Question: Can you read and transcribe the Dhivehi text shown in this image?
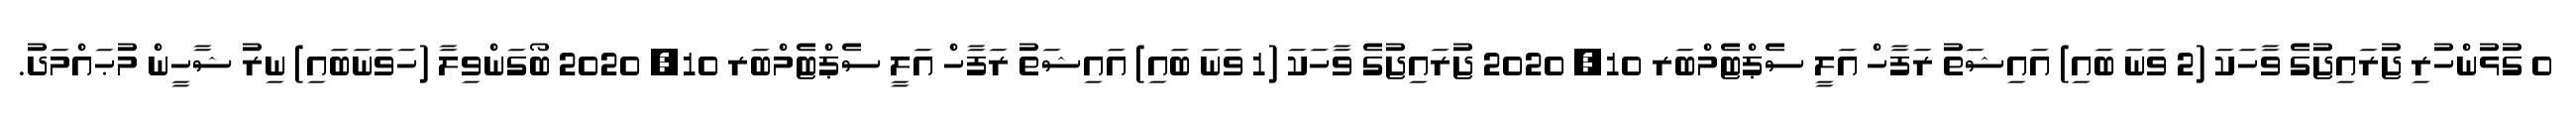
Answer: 0 ގުޅުންހުރި ޖުރައިޖުގެ ވާހަކަ (2 ވަނަ ބައި) އައިޝަތު ރަފާހް އަލީ ސެޕްޓެމްބަރ 10, 2020 ޖުރައިޖުގެ ވާހަކަ (1 ވަނަ ބައި) އައިޝަތު ރަފާހް އަލީ ސެޕްޓެމްބަރ 10, 2020 ބޯގަންވިލާ (ހަވަނަބައި) ނިރު ޝާހީން މުޙައްމަދު.